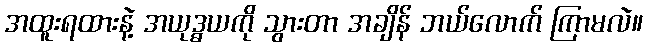
အထူးရထားနဲ့ အယုဒ္ဓယကို သွားတာ အချိန် ဘယ်လောက် ကြာမလဲ။